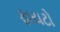
ફાયટો